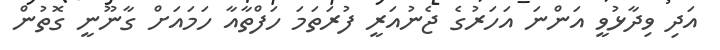
އަދި ވިދާޅުވީ އަންނަ އަހަރުގެ ޖެނުއަރީ ފުރަތަމަ ހަފްތާއާ ހަމައަށް ގާނޫނީ ގޮތުން